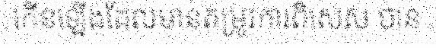
កើនឡើងដែលមានតម្រូវការពិសេស បាន